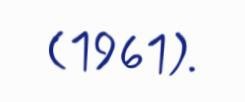
(1961).